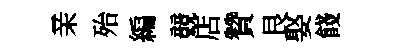
亲殆編競店贊艮娶餞